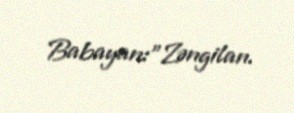
Babayan:”Zəngilan.